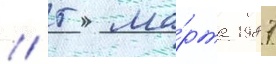
// 5 ма́рта 1987